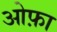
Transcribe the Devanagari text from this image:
ओफ़ा